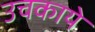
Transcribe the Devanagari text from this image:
उचकाये